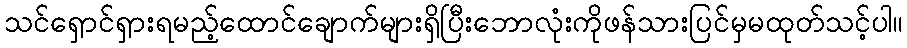
သင်ရှောင်ရှားရမည့်ထောင်ချောက်များရှိပြီးဘောလုံးကိုဖန်သားပြင်မှမထုတ်သင့်ပါ။